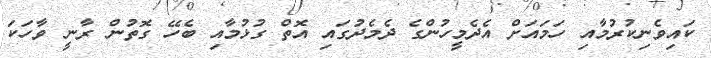
ކައިވެނިކުރުމާއި ހަމައަށް އެދެމީހުންގެ ދެމެދުގައި އޮތް ގުޅުމާއި ބެހޭ ގޮތުން ރާނީ ވާހަކަ